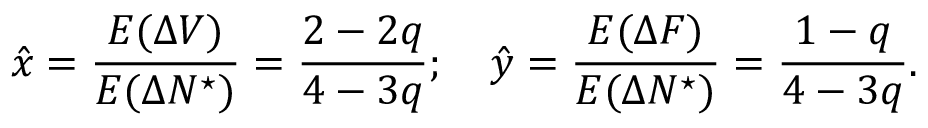
\hat { x } = \frac { E ( \Delta V ) } { E ( \Delta N ^ { \star } ) } = \frac { 2 - 2 q } { 4 - 3 q } ; \quad \hat { y } = \frac { E ( \Delta F ) } { E ( \Delta N ^ { \star } ) } = \frac { 1 - q } { 4 - 3 q } .